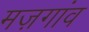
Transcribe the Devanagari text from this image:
मज़गांव